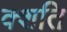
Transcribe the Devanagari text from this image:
क्शति